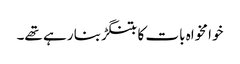
خوا مخواہ بات کا بتنگڑ بنا رہے تھے۔